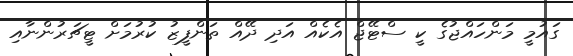
ގައުމީ މަންހައްޖުގެ ކީ ސްޓޭޖް އެކެއް އަދި ދޭއް ތަންފީޒު ކުރުމަށް ޓީޗަރުންނާއި